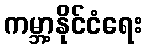
ကမ္ဘာ့နိုင်ငံရေး